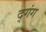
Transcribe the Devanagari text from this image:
द्गंग